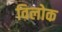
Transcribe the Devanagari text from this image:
विलोक